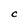
Character: c